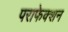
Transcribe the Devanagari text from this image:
पराफेक्शन